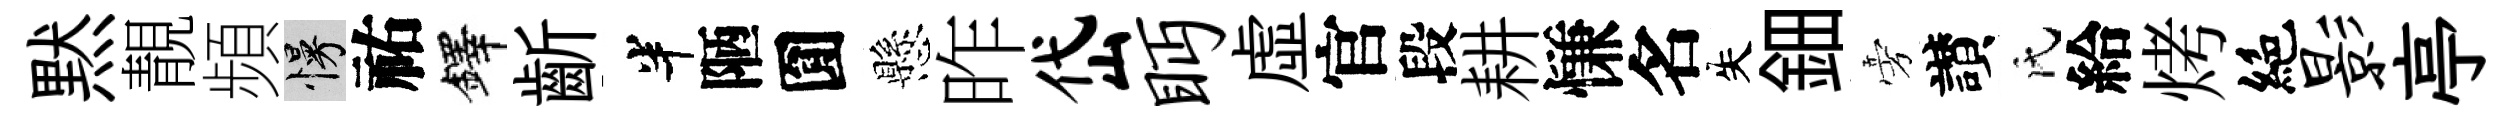
黙靚頻慢祐鐸齗半陋圎懸昨岱眄虚官段耕慊名失鈿旁讃氏給烤絶影亭